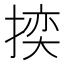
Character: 𭡬